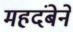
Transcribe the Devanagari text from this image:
महदंबेने